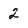
Character: 2